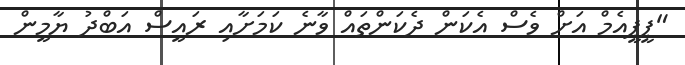
"ޕީޕީއެމް އަށް ވެސް އެކަން ދެކަންތައް ވާނެ ކަމަށާއި ރައީސް އަބްދު ޔާމީން